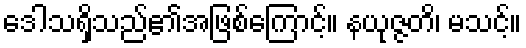
ဒေါသရှိသည်၏အဖြစ်ကြောင့်။ နယုဇ္ဇတိ၊ မသင့်။